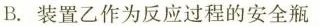
B.装置乙作为反应过程的安全瓶